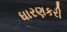
ધારણકરી